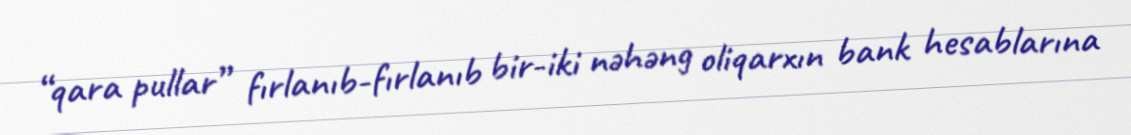
“qara pullar” fırlanıb-fırlanıb bir-iki nəhəng oliqarxın bank hesablarına